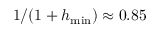
1 / ( 1 + h _ { \operatorname* { m i n } } ) \approx 0 . 8 5